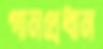
গানপ্রধান